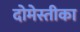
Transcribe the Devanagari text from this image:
दोमेस्तीका